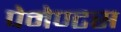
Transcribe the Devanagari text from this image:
पेमेण्टस